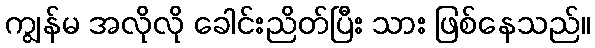
ကျွန်မ အလိုလို ခေါင်းညိတ်ပြီး သား ဖြစ်နေသည်။